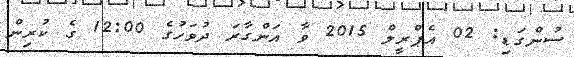
ސުންގަޑި: 02 އެޕްރީލް 2015 ވާ އަންގާރަ ދުވަހުގެ 12:00 ގެ ކުރިން